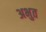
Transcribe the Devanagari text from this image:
अभुत